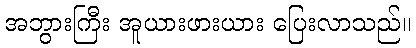
အဘွားကြီး အူယားဖားယား ပြေးလာသည်။